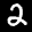
Label: 2